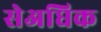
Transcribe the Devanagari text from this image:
सेअधिक